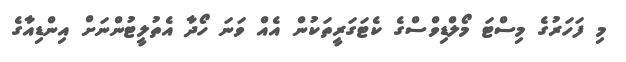
މި ފަހަރުގެ މިސްޓަ މޯލްޑިވްސްގެ ކެޓަގަރީތަކުން އެއް ވަނަ ހޯދާ އެތުލީޓުންނަށް އިންޑިއާގެ